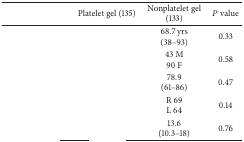
<table><thead><tr><td>[EMPTY_CELL]</td><td><b>Platelet gel (135)</b></td><td><b>Nonplatelet gel (133)</b></td><td><b><i>P</i> value</b></td></tr></thead><tbody><tr><td>[EMPTY_CELL]</td><td>[EMPTY_CELL]</td><td>68.7 yrs(38–93)</td><td>0.33</td></tr><tr><td>[EMPTY_CELL]</td><td>[EMPTY_CELL]</td><td>43 M90 F</td><td>0.58</td></tr><tr><td>[EMPTY_CELL]</td><td>[EMPTY_CELL]</td><td>78.9(61–86)</td><td>0.47</td></tr><tr><td>[EMPTY_CELL]</td><td>[EMPTY_CELL]</td><td>R 69L 64</td><td>0.14</td></tr><tr><td>[EMPTY_CELL]</td><td>[EMPTY_CELL]</td><td>13.6(10.3–18)</td><td>0.76</td></tr></tbody></table>